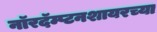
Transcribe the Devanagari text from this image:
नॉरदॅम्प्टनशायरच्या